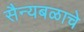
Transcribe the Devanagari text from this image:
सैन्यबळाचे